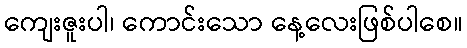
ကျေးဇူးပါ၊ ကောင်းသော နေ့လေးဖြစ်ပါစေ။